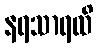
နရသာရထိ